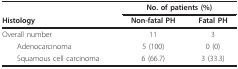
|  | <COLSPAN=2> No. of patients (%) |
 | Histology | Non-fatal PH | Fatal PH |
 | --- | --- | --- |
 | Overall number | 11 | 3 |
 | Adenocarcinoma | 5 (100) | 0 (0) |
 | Squamous cell carcinoma | 6 (66.7) | 3 (33.3) |